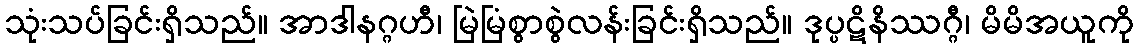
သုံးသပ်ခြင်းရှိသည်။ အာဒါနဂ္ဂဟီ၊ မြဲမြံစွာစွဲလန်းခြင်းရှိသည်။ ဒုပ္ပဋိနိဿဂ္ဂီ၊ မိမိအယူကို